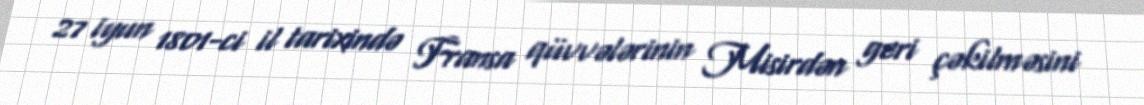
27 iyun 1801-ci il tarixində Fransa qüvvələrinin Misirdən geri çəkilməsini